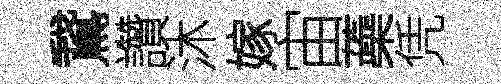
鵞讚沐嫁宙蘃凭